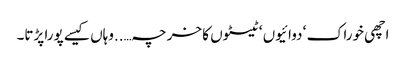
اچھی خوراک ‘ دوائیوں ‘ ٹیسٹوں کا خرچہ…..وہاں کیسے پورا پڑتا۔